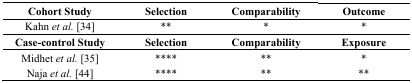
| Cohort Study | Selection | Comparability | Outcome |
 | --- | --- | --- | --- |
 | Kahn et al. [34] | ** | * | * |
 | Case-control Study | Selection | Comparability | Exposure |
 | Midhet et al. [35] | **** | ** | * |
 | Naja et al. [44] | **** | ** | ** |